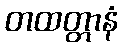
တထတ္တာနံ